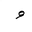
Letter: _waw